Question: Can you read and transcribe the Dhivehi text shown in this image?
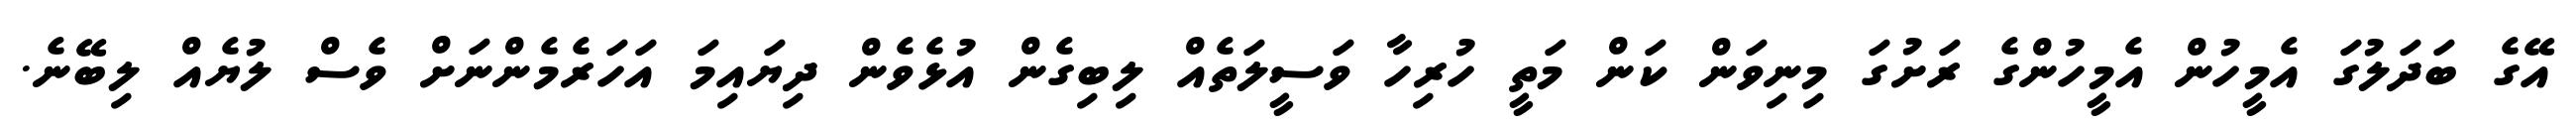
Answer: އޭގެ ބަދަލުގަ އެމީހުން އެމީހުންގެ ރަށުގަ މިނިވަން ކަން މަތީ ހުރިހާ ވަސީލަތެއް ލިބިގެން އުޅެވެން ދިޔައިމަ އަހަރެމެންނަށް ވެސް ލުޔެއް ލިބޭނެ.